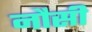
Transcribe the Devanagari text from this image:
नौसी